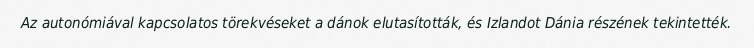
Az autonómiával kapcsolatos törekvéseket a dánok elutasították, és Izlandot Dánia részének tekintették.